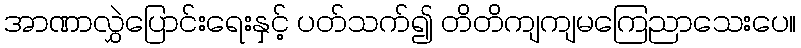
အာဏာလွှဲပြောင်းရေးနှင့် ပတ်သက်၍ တိတိကျကျမကြေညာသေးပေ။